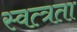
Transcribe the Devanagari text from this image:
स्वत्त्रता